18_6369445_General_1948_Vol_1
Agency: Department of War
Incident date: 6/15/48
Page 6
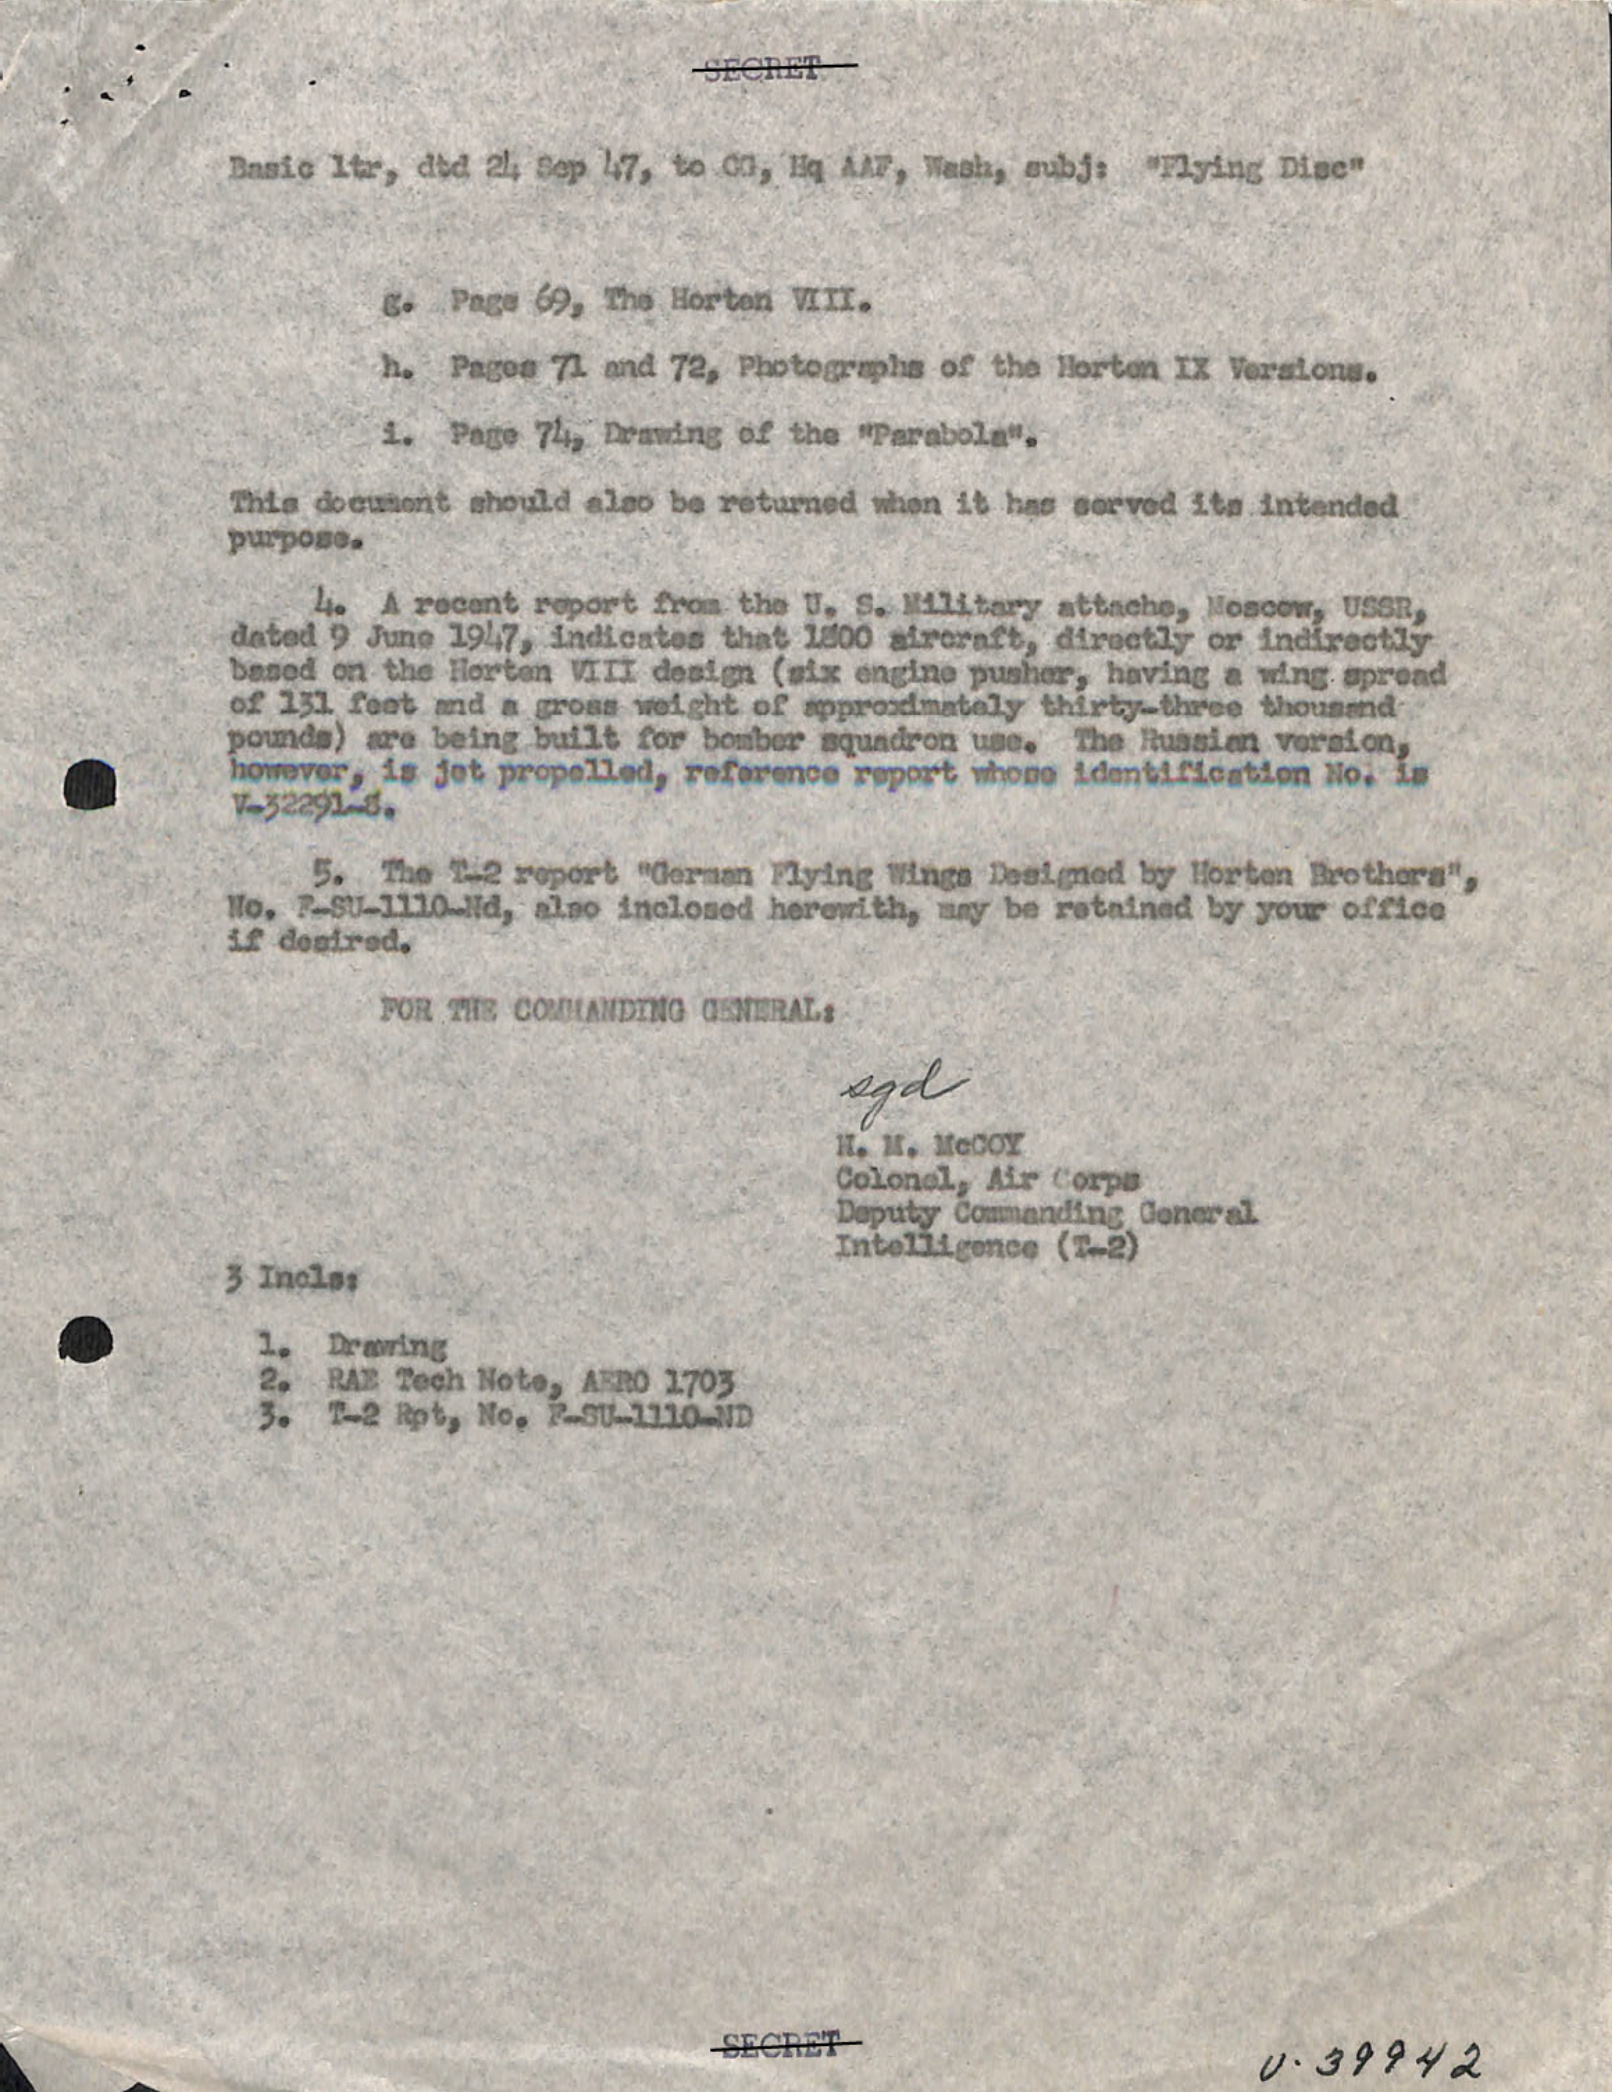